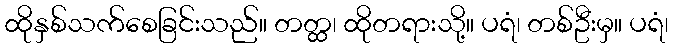
ထိုနှစ်သက်စေခြင်းသည်။ တတ္ထ၊ ထိုတရားသို့။ ပရံ၊ တစ်ဦးမှ။ ပရံ၊